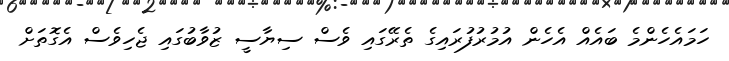
ހަމައެހެންމެ ބައެއް އެހެން އުމުރުފުރައިގެ ތެރޭގައި ވެސް ސިޔާސީ ޒުވާބުގައި ޖެހިވެސް އެގޮތަށް